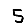
Digit: 5